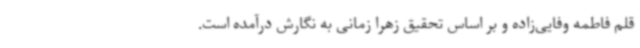
قلم فاطمه وفایی‌زاده و بر اساس تحقیق زهرا زمانی به نگارش درآمده است.